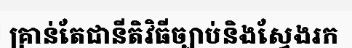
គ្រាន់តែជានីតិវិធីច្បាប់និងស្វែងរក